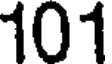
101